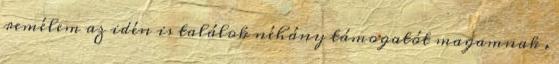
remélem az idén is találok néhány támogatót magamnak .